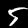
Label: 5